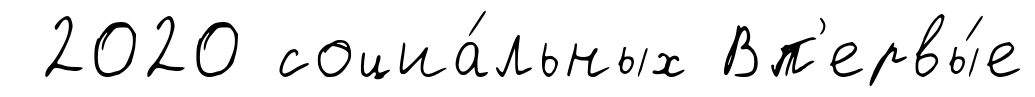
2020 социа́льных Вп'ервы́е